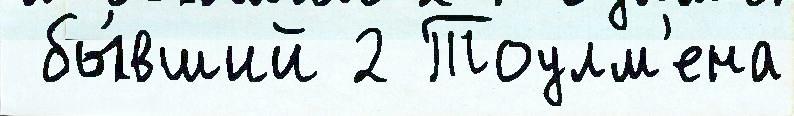
 бы́вший 2 Тоулм'ена